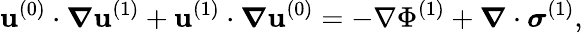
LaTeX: \mathbf{u}^{(0)}\cdot\boldsymbol\nabla\mathbf{u}^{(1)}+\mathbf{u}^{(1)}\cdot\boldsymbol\nabla\mathbf{u}^{(0)}=-\mathbf{\nabla}\Phi^{(1)}+\boldsymbol\nabla\cdot\boldsymbol\sigma^{(1)},